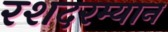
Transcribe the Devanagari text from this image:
रशदरम्यान